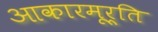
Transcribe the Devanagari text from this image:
आकारमूर्ति